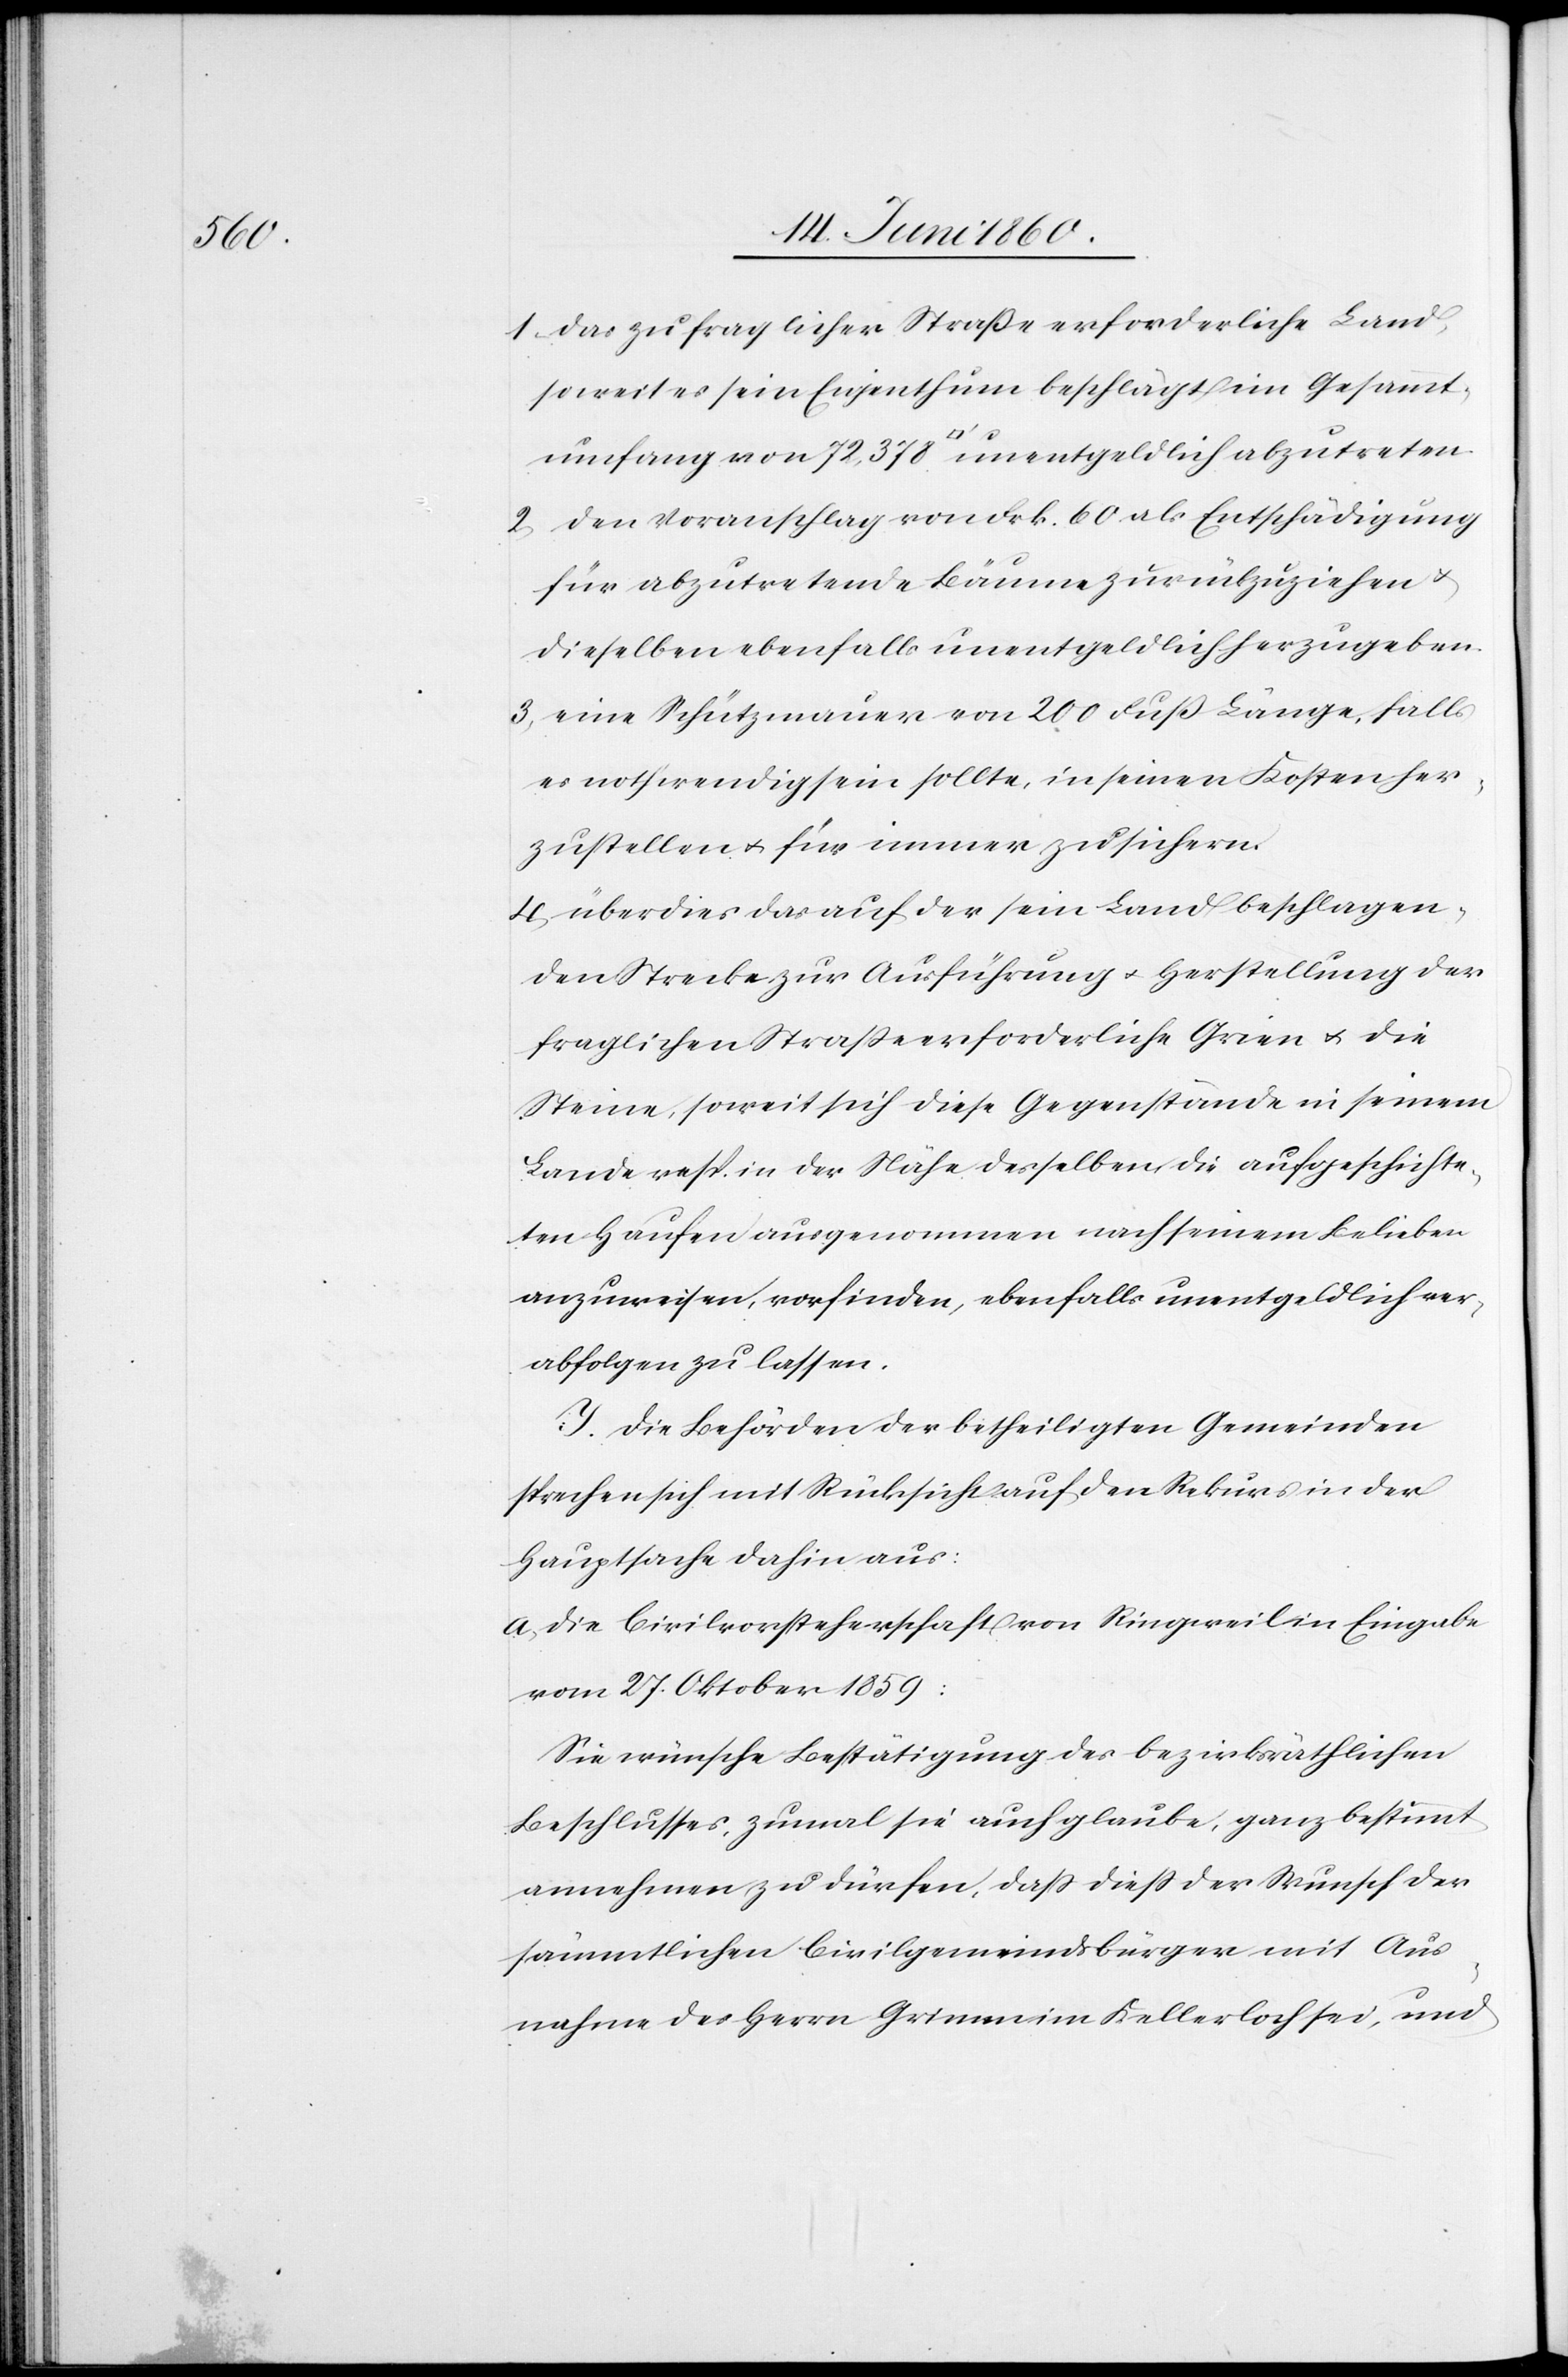
1. das zu fraglicher Straße erforderliche Land,
soweit es sein Eigenthum beschlägt im Gesammt¬
umfang von 72,378 [Quadratfuss] unentgeldlich abzutreten.
2. den Voranschlag von Frk. 60 als Entschädigung
für abzutretende Bäume zurückzuziehen u.
dieselben ebenfalls unentgeldlich herzugeben.
3. eine Schützmauer von 200 Fuss Länge, falls
es nothwendig sein sollte, in seinen Kosten her¬
zustellen u. für immer zu sichern.
4. überdies das auf der sein Land beschlagen¬
den Strecke zur Ausführung u. Herstellung der
fraglichen Strasse erforderliche Grien u. die
Steine, soweit sich diese Gegenstände in seinem
Lande resp. in der Nähe desselben, die aufgeschichte¬
ten Haufen ausgenommen nach seinem Belieben
anzuweisen, vorfinden, ebenfalls unentgeldlich ver¬
abfolgen zu lassen.
I. Die Behörden der betheiligten Gemeinden
sprechen sich mit Rücksicht auf den Rekurs in der
Hauptsache dahin aus:
a. die Civilvorsteherschaft von Ringweil in Eingabe
vom 27. Oktober 1859:
Sie wünsche Bestätigung des bezirksräthlichen
Beschlusses, zumal sie auch glaube, ganz bestimmt
annehmen zu dürfen, dass diess der Wunsch der
sämmtlichen Civilgemeindsbürger mit Aus¬
nahme des Herrn Grimm im Kellerloch sei, und